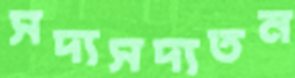
সদ্যসদ্যতন